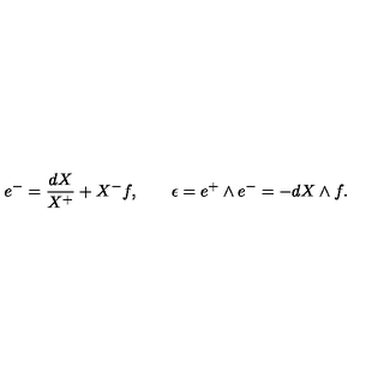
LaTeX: e ^ { - } = \frac { d X } { X ^ { + } } + X ^ { - } f , \qquad \epsilon = e ^ { + } \wedge e ^ { - } = - d X \wedge f .